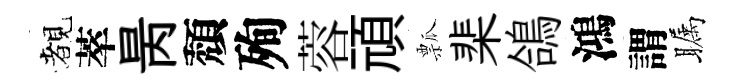
覩萃昺頽殉蓉頑瓢棐鴿鴻謂瞩